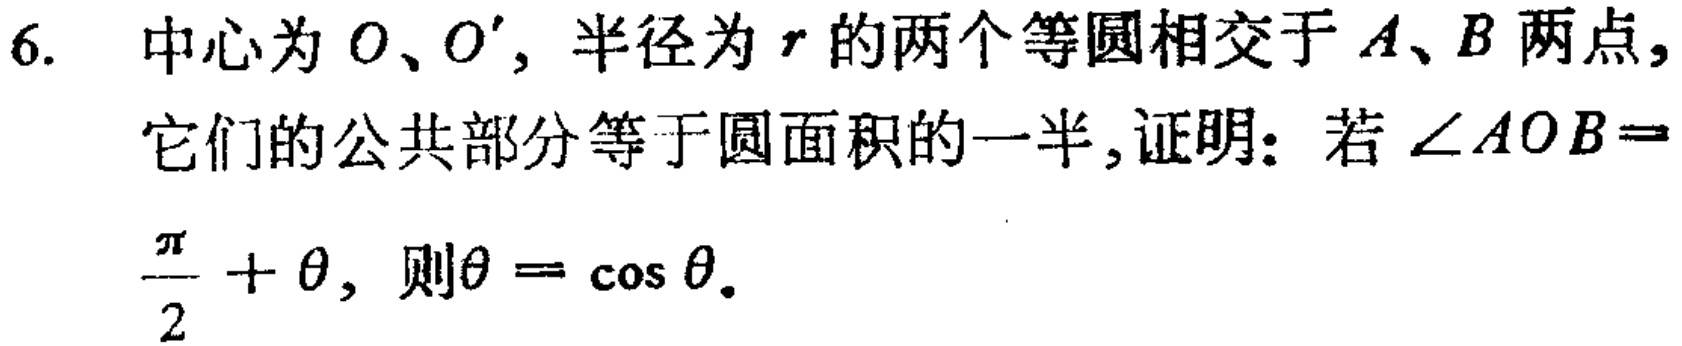
6. 中心为\(O\)、\(O'\)，半径为\(r\)的两个等圆相交于\(A\)、\(B\)两点，它们的公共部分等于圆面积的一半，证明：若\(\angle AOB = \frac{\pi}{2}+\theta\)，则\(\theta = \cos\theta\)。